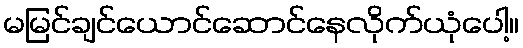
မမြင်ချင်ယောင်ဆောင်နေလိုက်ယုံပေါ့။